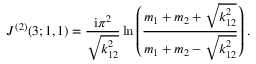
J ^ { ( 2 ) } ( 3 ; 1 , 1 ) = \frac { \mathrm { i } \pi ^ { 2 } } { \sqrt { k _ { 1 2 } ^ { 2 } } } \ln \left( \frac { m _ { 1 } + m _ { 2 } + \sqrt { k _ { 1 2 } ^ { 2 } } } { m _ { 1 } + m _ { 2 } - \sqrt { k _ { 1 2 } ^ { 2 } } } \right) .